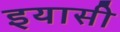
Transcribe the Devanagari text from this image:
इयासी